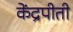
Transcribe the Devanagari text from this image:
केंद्रपीती